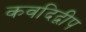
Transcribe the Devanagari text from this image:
कवदिद्वीप